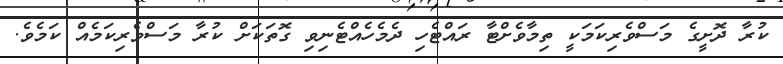
ކުރާ ދޮށީގެ މަސްވެރިކަމަކީ ތިމާވެށްޓާ ރައްޓެހި ދެމެހެއްޓެނިވި ގޮތަކަށް ކުރާ މަސްވެރިކަމެއް ކަމެވެ.